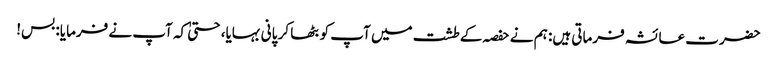
حضرت عائشہ فرماتی ہیں: ہم نے حفصہ کے طشت میں آپ کو بٹھا کر پانی بہایا، حتیٰ کہ آپ نے فرمایا: بس!